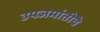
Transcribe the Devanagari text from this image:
उपजमांतीचे